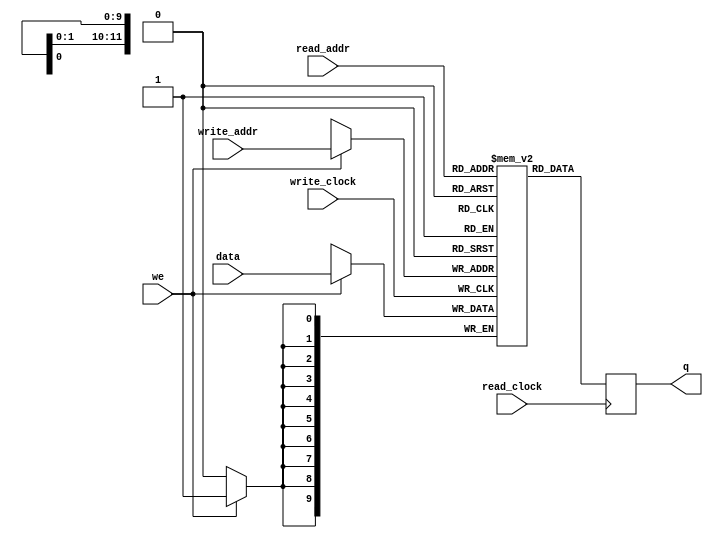
module SimpleMacFifo (
    input [(DATA_WIDTH-1):0] data,
    input [(ADDR_WIDTH-1):0] read_addr, write_addr,
    input we, read_clock, write_clock,
    output reg [(DATA_WIDTH-1):0] q = 0
);

    parameter DATA_WIDTH=10;
    parameter ADDR_WIDTH=12;

    // Declare the RAM variable
    reg [DATA_WIDTH-1:0] ram[2**ADDR_WIDTH-1:0];
    
    always @(posedge write_clock) begin
        // Write
        if (we)
            ram[write_addr] <= data;
    end
    
    always @(posedge read_clock)begin
        // Read 
        q <= ram[read_addr];
    end

endmodule